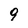
Character: g